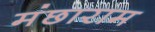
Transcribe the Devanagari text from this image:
मंछाराम